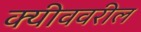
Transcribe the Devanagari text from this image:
क्यीववरील